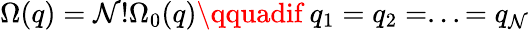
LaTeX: \Omega(q)=\mathcal{N}!\Omega_{0}(q)\qquadif\ q_{1}=q_{2}=...=q_{\mathcal{N}}